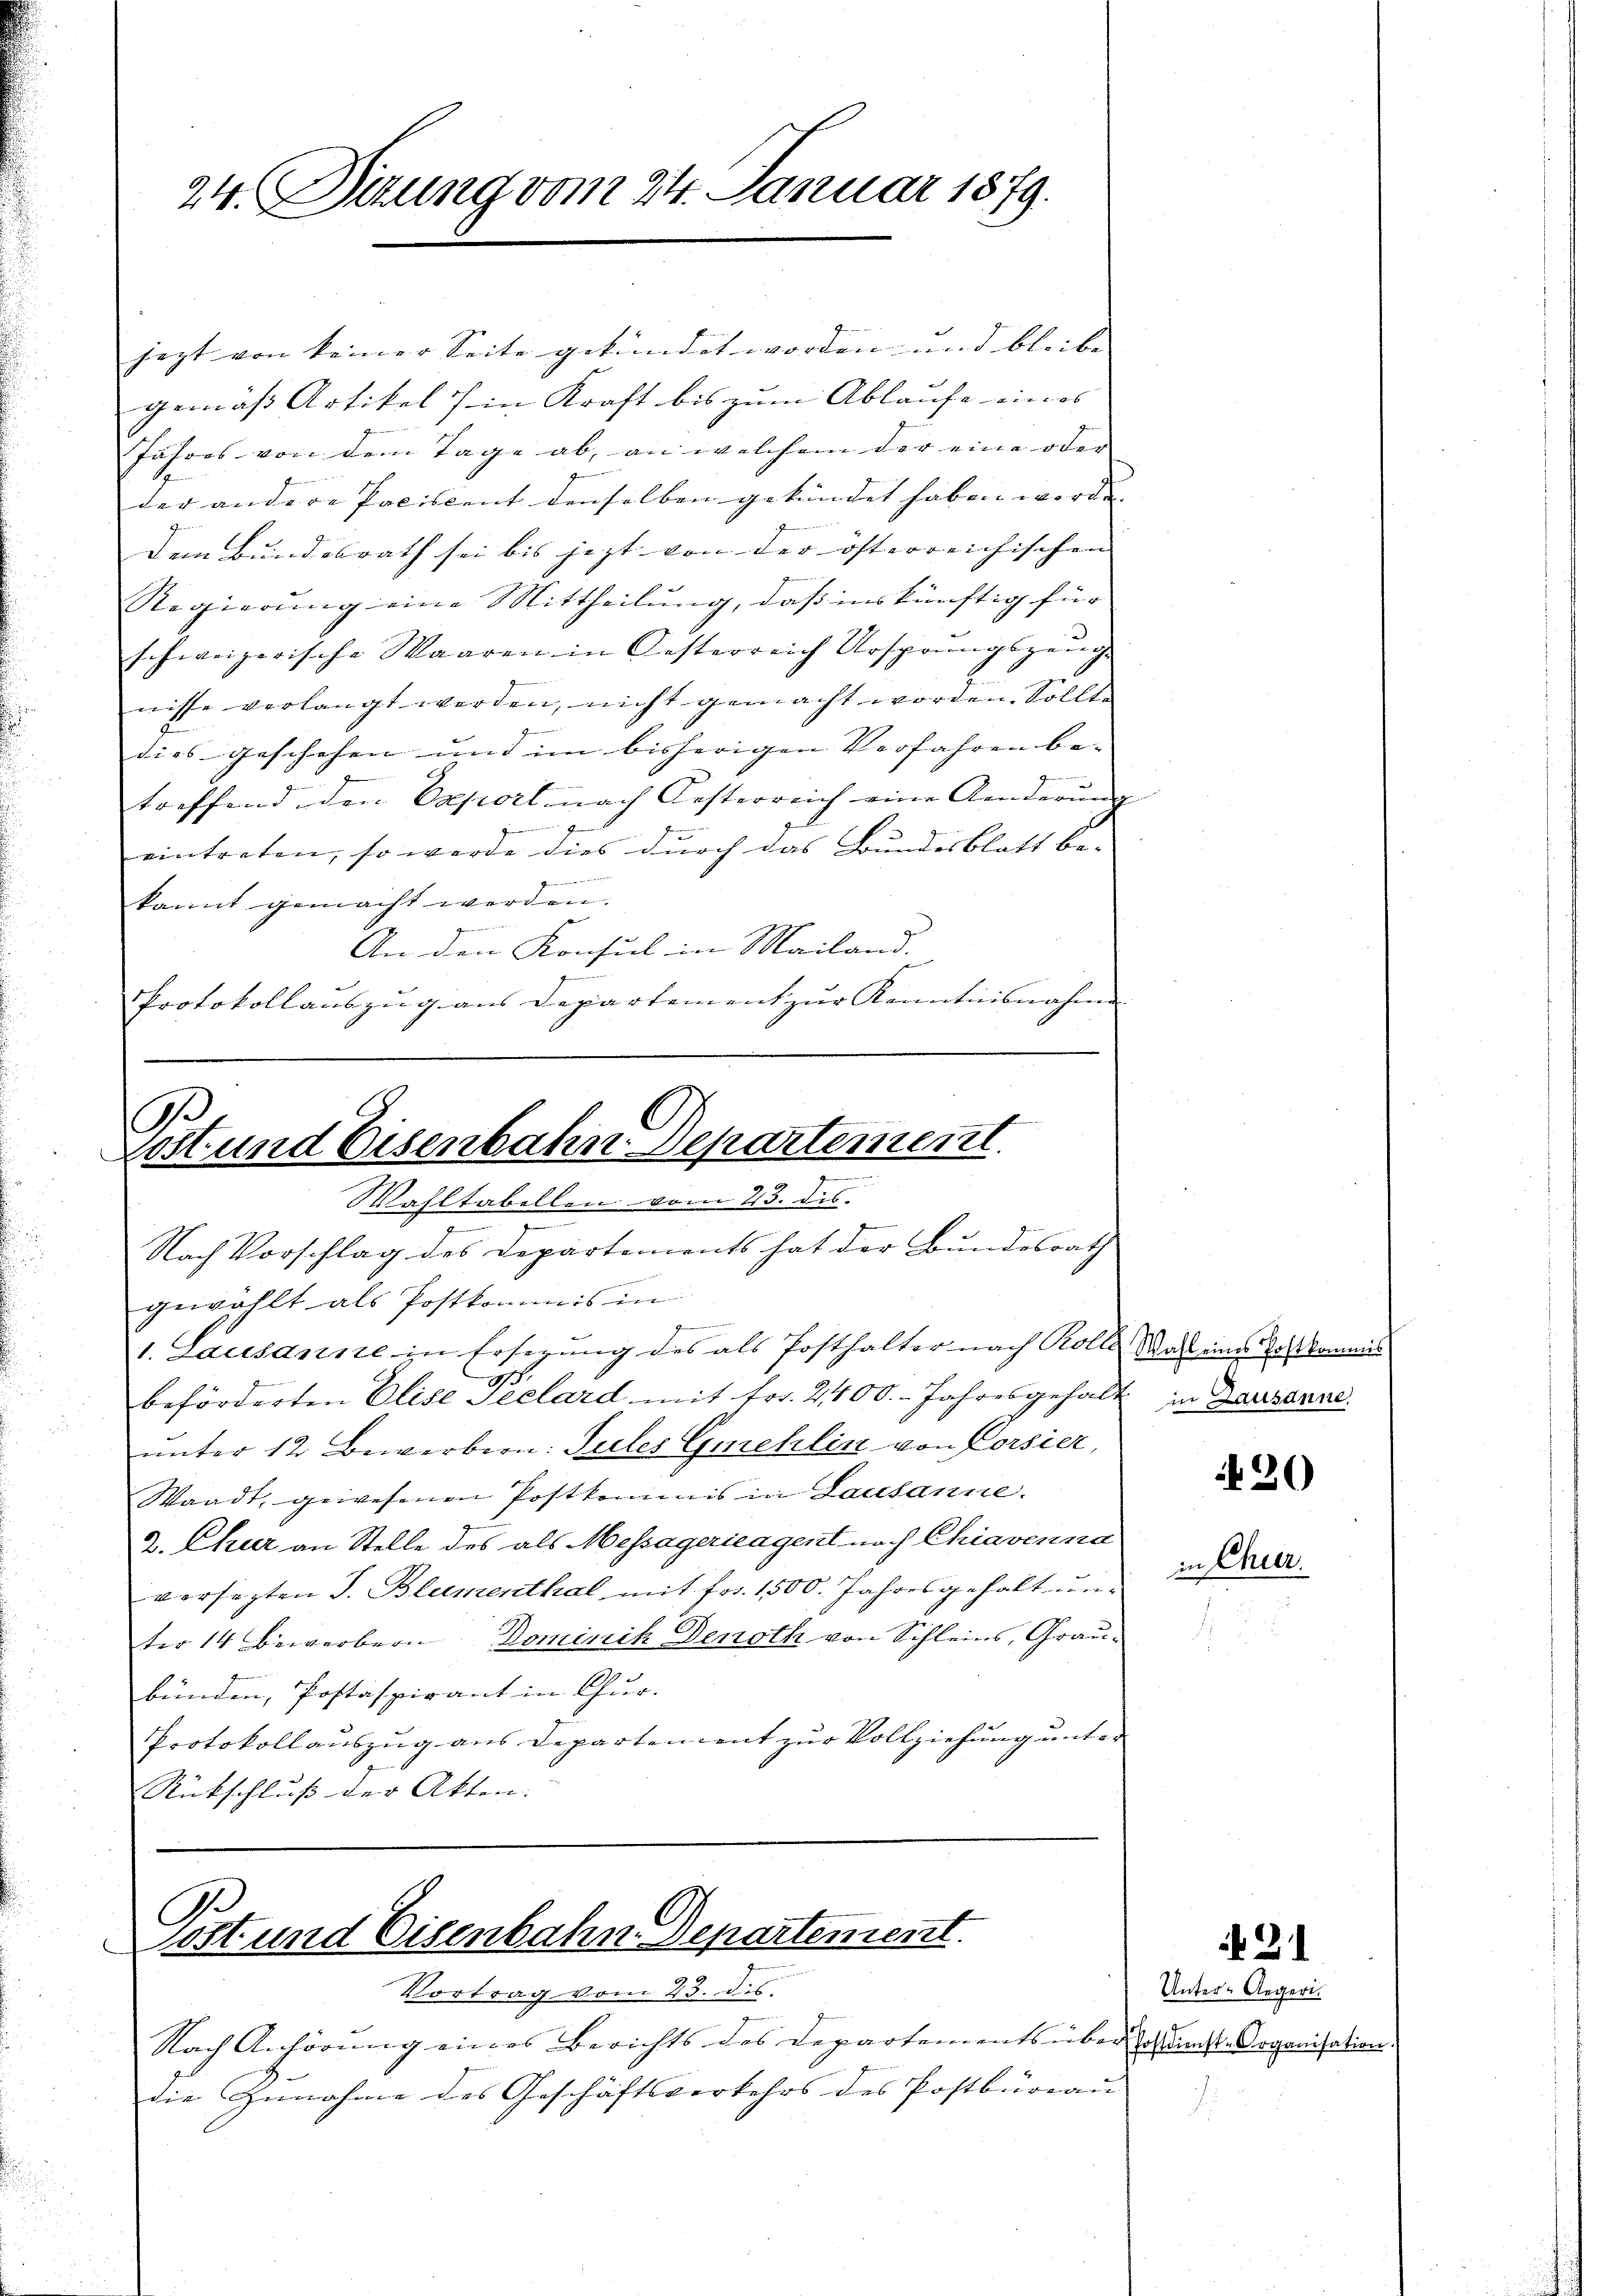
jezt von keiner Seite gekündet worden und bleibe |
gemäss Artikel) in Kraft bis zum Ablaufe eines |
Jahres von dem Tage ab, an welchem der eine oder
der andere Paciscent denselben gekündet haben worden.
dem Bundesrath sei bis jezt von der österreichischen |
Regierung eine Mittheilung, daß inskünftig für
schweizerische Waaren in Oesterreich Ursprungszeug-
nisse verlangt werden, nicht gemacht worden. Sollt
7
dies geschehen und im bisherigen Verfahren be- |
treffend den Opport nach Oesterreich eine Aenderŭng
e
eintreten, so werde dies durch das Bundesblatt be-
Feier in der
kannt gemacht werden.
An den Konsul in Mailand.
Protokollauszug aus Departement zur Kenntnisnahme |
.
rost und Eisenbahn Departement.

24. Sizung vom 24. Januar 1879.

Wahltabellen vom 23. dis

e

Nach Vorschlag des Departements hat der Bundesrath
gewählt als Postkommis in
1. Lausanne in Ersezung des als Posthalter nach Kolle Wahl eines Postkommis
.
beförderten Elise Seelard mit Fr. 2400. Jahresgehalt in Lausanne.
unter 12 Bewerbern. Sules Gmehlin von Corsier,
Waadt, gewesenen Postkommis in Lausanne.
2. Chur an Stelle des als Messagericagent nach Chiavenna
versezten S. Blumenthal mit frs. 1500. Jahresgehalt un-
ter 14 Bewerbern Dominik Denoth von Schleins, Graubünden, Postaspirant in Chur-
Protokollauszug aus Departement zur Vollziehung unter
Rückschluß der Akten. |

6
Post und Eisenbahn. Departement.

Vortrag vom 23. ds.
Nach Anhörung eines Berichts des Departements über so langt. Organisation.
die Zunahme des Geschäftsverkehrs des Postbüreau

30)
in Chier.

21

Unter-Aegeri.